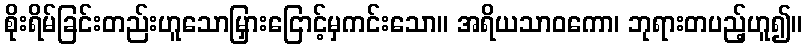
စိုးရိမ်ခြင်းတည်းဟူသောမြှားငြောင့်မှကင်းသော။ အရိယသာဝကော၊ ဘုရားတပည့်ဟူ၍။